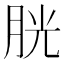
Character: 胱